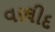
વાલીદ